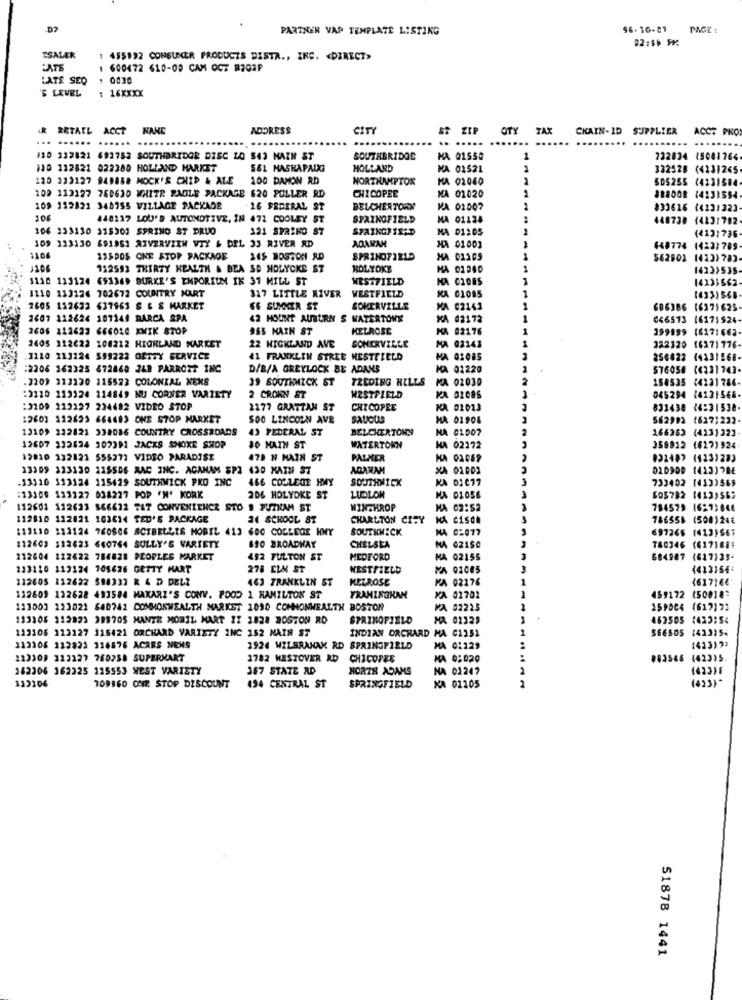
PARTNER VAP TEMPLATE LISTING
96.10-21 PAGE:
ISALER
1 455992 CONSUMER PRODUCTS DISTA ., INC. < DIRECT>
PATE
1 600472 610-09 CAM OCT R702F
LATE SEQ
1 0030
'S LEVEL
: 16XXXX
RETAIL ACCT NANE
ADDRESS
CITY
ST ZIP
OTY TAX
CHAIN-ID SUPPLIER
ACCT PKO
.. ...... ...... ...
110 132821 693752 SOUTHBRIDGE DISC ZO 543 MAIN ST
SOUTHBRIDGE
HA 01550
1
722824 15081764
110 112521 022380 HOLLAND MARKET
561 HASKAPAUG
HOLLAND
MA 01521
332528 (4231265
120 223127 949858 MOCK'S CHIP & ALE
100 DAMON RD
NORTHAMPTON
MA 02060
505255 (4231584
CHICOPEE
109 113127 760630 WHITE PAOLE PACKAGE 620 POLLER RD
MA 01020
BBBOOR 14231594
109 112821 348755 VILLAGE PACKADE
16 FEDERAL ST
BELCHERTORN
MA 02007
#33616 (413132]
106
440117 LOU'S AUTOMOTIVE, IN 471 COOLEY ST
SPRINGFIELD
MA 01124
448738 (4131782
106 233130 315301 SPRING ST DRUO
121 SPRINO ST
MA 01:05
109 133130 691951 RIVERVIEW VIY & DEL 33 RIVER RD
ADARAN
(4131736
HA 01003
448774 14221789
1166
135DOS ONE STOP PACKAGE
145 BOSTON RD
SPRINGFIELD
MA 01105
$62602 1423)783
1306
112593 THIRTY HEALTH & BEA SD HOLYCKE ST
ROLYOKE
1623)535-
1110 113124 693349 BURKE'S EMPORIUM IK 31 MILL ST
WESTFIELD
HA CIO85
14131562
1110 133126 702672 COUNTRY MART
317 LITTLE RIVER
WESTFIELD
XA 01085
2605 132622 637963 & & & MARKET
GE SUMMER ST
SOMERVILLE
MA 02143
686386 (6371625
1607 112624 107148 BARCA SPA
42 MOUNT AUBURN S WATERTOWN
KA 02172
046573 (6171524
3606 112622 666010 KWIK STOP
955 MAIN ST
MELROSE
KA 02176
199899 (6171662
1605 112622 108212 HIGHLAND MARKET
22 HIGHLAND AVE
SONERVIELE
MA 02143
322320 16371776-
3120 213124 599222 GETTY GERVICZ
41 FRANKLIN STREE WESTFIELD
MA 02085
256822 (4331568
2206 162325 672460 248 PARROTT INC
D/B/A GREYLOCK BE ADANS
MA 01220
576058
2209 112120 115523 COLONIAL KENS
39 SOUTHWICK ST
TREDING HILLS
MA 02030
158535 (4231786-
2 CROKN ST
:3120 113324 114849 NU CORNER VARIETY
WESTFIELD
KA G2086
045294 14131566-
:3209 212127 224482 VIDEO STOP
2277 GRATZAN ST
CHICOPEE
KA 01013
831438 14:31538-
12603 312623 664483 ONE STOP MARKET
SOO LINCOLN AVE
SAUGUS
MA 01906
562992 (6271222
13109 222821 338086 COUNTRY CROSSROADS
43 FEDERAL ST
BELCHERTOWN
NA 01007
166353 (4231323
12607 332524 307391 JACKS SMOKE SHOP
10 MATH ST
WATERTOWN
HA 02172
358812 (627) 924
12010 132121 555271 VIDEO PARADISE
478 N MAIN ST
PALMER
KA 01069
032482 (4231283
13309 323130 22$586 RAC INC. AGAHAM SPI
430 MAIN ST
AGARAN
MA 01001
010909 (413)786
33310 313124 115429 SOUTHWICK PKO INC
466 COLLEGE HMY
SOUTHWICK
KA 01077
733402 (4333565
:13309 133127 638227 POP 'N' KORK
206 HOLYOKE ST
LUDLON
MA 01056
605782 1413)562
112601 112623 566622 TAT CONVENIENCE STO @ PUZKAM ST
WINTHROP
MA 02:52
784579 1627;646
112010 112821 103614 TED'S PACKAGE
14 SCHOOL ST
CHARLTON CITY NA GiSCE
786558 (5081248
113110 331124 760606 SCIBELLIS MOBIL 413 600 COLLEGE HWY
SOUTHWICK
MA 0:077
69726$ 1413)567
112603 312623 660764 SULLY'S VARIETY
850 BROADWAY
CHELSEA
MA 02150
760346 (6171881
112604 122622 786828 PEOPLES MARKET
492 FULTON ST
MEDFORD
MA 02155
564987 (617135-
133110 113124 705626 GETTY HART
278 ELM ST
WESTFIELD
MA 01085
112605 132622 598332 R 4 D DELZ
463 FRANKLIN ST
MELROSE
MA 02176
(61716€
112609 122628 493584 MAKARZ'S CONV. POOD 1 HAMILTON ST
FRAMINGHAM
XA 02702
459172 (50818*
111001 223021 640742 COMMONWEALTH MARKET 1050 COMMONWEALTH BOSTON
MA 82225
159004 (61717:
133208 112823 399705 MANTE MOBIL MART 12 1828 BOSTON RD
SPRINGFIELD
HA 01329
463505 1433:54
113106 123127 115421 ORCHARD VARIETY INC 352 MAIN ST
INDIAN ORCHARD MA 01252
566505 1423154
113306 112823 316876 ACARS MENS
1924 WILBRAHAM RD SPRINGFIELD
MA 01229
(413)9;
223201 323127 760258 SUPERMART
1782 HASTOVER RD
CHICOPEE
MA 01020
003546 (423)5.
162306 162325 115553 WEST VARIETY
367 STATE RD
NORTH ADAMS
NA 01247
(423)1
133106
(423)*
709960 ONE STOP DISCOUNT
194 CENTRAL ST
SPRINGFIELD
KA 01205
51878 1441